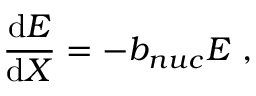
\frac { \mathrm { d } E } { \mathrm { d } X } = - b _ { n u c } E ~ ,